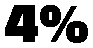
4%